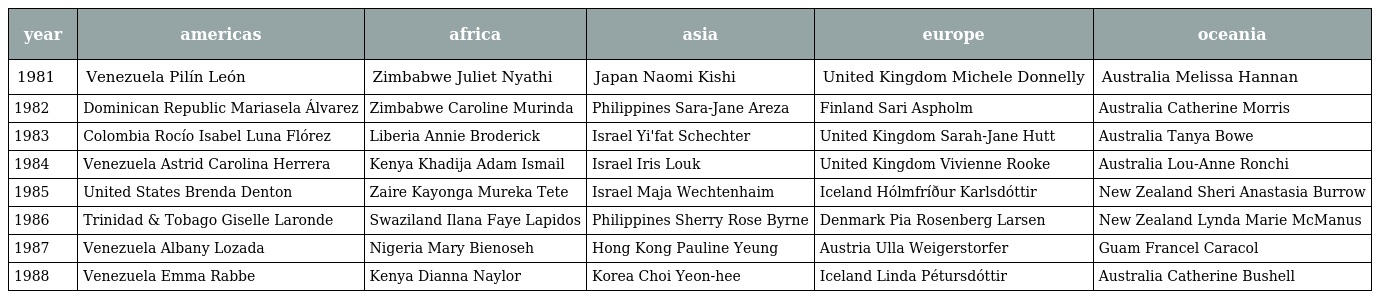
| year | americas | africa | asia | europe | oceania |
 | --- | --- | --- | --- | --- | --- |
 | 1981 | Venezuela Pilín León | Zimbabwe Juliet Nyathi | Japan Naomi Kishi | United Kingdom Michele Donnelly | Australia Melissa Hannan |
 | 1982 | Dominican Republic Mariasela Álvarez | Zimbabwe Caroline Murinda | Philippines Sara-Jane Areza | Finland Sari Aspholm | Australia Catherine Morris |
 | 1983 | Colombia Rocío Isabel Luna Flórez | Liberia Annie Broderick | Israel Yi'fat Schechter | United Kingdom Sarah-Jane Hutt | Australia Tanya Bowe |
 | 1984 | Venezuela Astrid Carolina Herrera | Kenya Khadija Adam Ismail | Israel Iris Louk | United Kingdom Vivienne Rooke | Australia Lou-Anne Ronchi |
 | 1985 | United States Brenda Denton | Zaire Kayonga Mureka Tete | Israel Maja Wechtenhaim | Iceland Hólmfríður Karlsdóttir | New Zealand Sheri Anastasia Burrow |
 | 1986 | Trinidad & Tobago Giselle Laronde | Swaziland Ilana Faye Lapidos | Philippines Sherry Rose Byrne | Denmark Pia Rosenberg Larsen | New Zealand Lynda Marie McManus |
 | 1987 | Venezuela Albany Lozada | Nigeria Mary Bienoseh | Hong Kong Pauline Yeung | Austria Ulla Weigerstorfer | Guam Francel Caracol |
 | 1988 | Venezuela Emma Rabbe | Kenya Dianna Naylor | Korea Choi Yeon-hee | Iceland Linda Pétursdóttir | Australia Catherine Bushell |